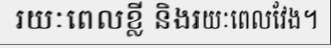
រយៈពេលខ្លី និងរយៈពេលវែង។